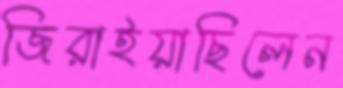
জিরাইয়াছিলেন